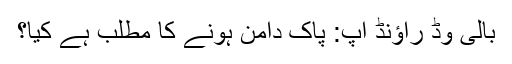
بالی وڈ راؤنڈ اپ: پاک دامن ہونے کا مطلب ہے کیا؟